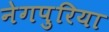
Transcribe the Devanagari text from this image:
नेगपुरिया